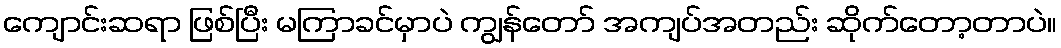
ကျောင်းဆရာ ဖြစ်ပြီး မကြာခင်မှာပဲ ကျွန်တော် အကျပ်အတည်း ဆိုက်တော့တာပဲ။